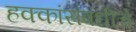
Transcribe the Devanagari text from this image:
हक्कांसंबंधीचे